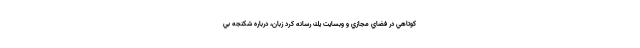
كوتاهي در فضاي مجازي و وبسايت يك رسانه كرد زبان، درباره شكنجه بي‌